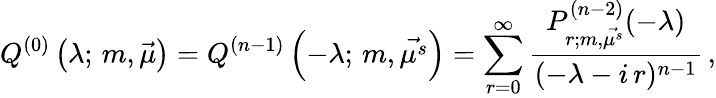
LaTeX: Q^{(0)}\left(\lambda;\, m,\vec{\mu}\right)=Q^{(n-1)}\left(-\lambda;\, m,\vec{\mu^{s}}\right)=\sum_{r=0}^{\infty}\frac{P_{r;m,\vec{\mu^{s}}}^{(n-2)}(-\lambda)}{(-\lambda-i\, r)^{n-1}}\, ,